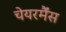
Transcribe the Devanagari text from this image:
चेयरर्मैंस